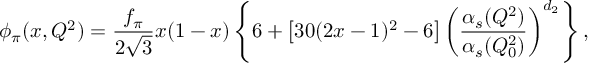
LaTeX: \phi _ { \pi } ( x , Q ^ { 2 } ) = \frac { f _ { \pi } } { 2 \sqrt { 3 } } x ( 1 - x ) \left\{ 6 + \left[ 3 0 ( 2 x - 1 ) ^ { 2 } - 6 \right] \left( \frac { \alpha _ { s } ( Q ^ { 2 } ) } { \alpha _ { s } ( Q _ { 0 } ^ { 2 } ) } \right) ^ { d _ { 2 } } \right\} ,